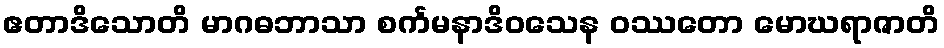
ဧတာဒိသောတိ မာဂဓဘာသာ စင်္ကမနာဒိဝသေန ဝဿတော မောဃရာဇာတိ